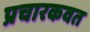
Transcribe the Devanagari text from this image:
प्रचारकवत